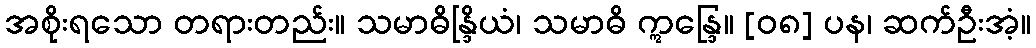
အစိုးရသော တရားတည်း။ သမာဓိန္ဒြိယံ၊ သမာဓိ ဣန္ဒြေ။ [၀၈] ပန၊ ဆက်ဦးအံ့။